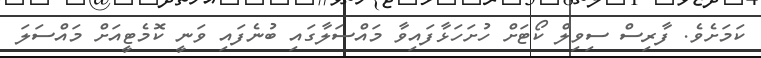
ކަމަށެވެ. ފާރިސް ސިވިލް ކޯޓަށް ހުށަހަޅާފައިވާ މައްސަލާގައި ބުނެފައި ވަނީ ކޮމެޓީއަށް މައްސަލަ